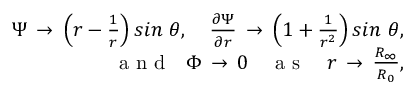
\begin{array} { r } { \Psi \, \to \, \left( r - \frac { 1 } { r } \right) s i n \ \theta , \ \ \ \frac { \partial \Psi } { \partial r } \, \to \, \left( 1 + \frac { 1 } { r ^ { 2 } } \right) s i n \ \theta , } \\ { \mathrm { ~ a ~ n ~ d ~ } \ \ \Phi \, \to \, 0 \ \ \ \mathrm { ~ a ~ s ~ } \ \ \ r \, \to \, \frac { R _ { \infty } } { R _ { 0 } } , } \end{array}